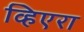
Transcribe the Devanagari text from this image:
व्हिएरा